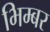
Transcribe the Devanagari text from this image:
भिम्बर